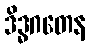
ဒိဒ္ဓဂတေန